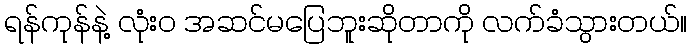
ရန်ကုန်နဲ့ လုံးဝ အဆင်မပြေဘူးဆိုတာကို လက်ခံသွားတယ်။